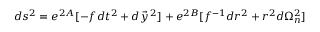
d s ^ { 2 } = e ^ { 2 A } [ - f d t ^ { 2 } + d \vec { y } \, ^ { 2 } ] + e ^ { 2 B } [ f ^ { - 1 } d r ^ { 2 } + r ^ { 2 } d \Omega _ { n } ^ { 2 } ]